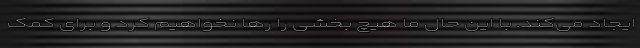
ایجاد می‌کند. با این حال ما هیچ بخشی را رها نخواهیم کرد و برای کمک